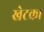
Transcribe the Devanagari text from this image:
खेटका